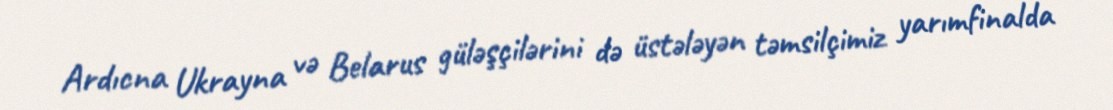
Ardıcna Ukrayna və Belarus güləşçilərini də üstələyən təmsilçimiz yarımfinalda